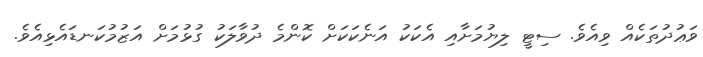
ވަޢުދުތަކެއް ވިއެވެ. ސިޓީ ލިޔުމަށާއި އެކަކު އަނެކަކަށް ކޮންމެ ދުވާލަކު ގުޅުމަށް އަޒުމުކަނޑައެޅިއެވެ.